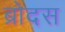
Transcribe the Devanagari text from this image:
ब्रोदस